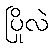
ပြိုလဲ